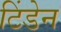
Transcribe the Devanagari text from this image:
टिंडेन